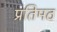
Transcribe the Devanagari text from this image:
प्रतिमठ